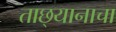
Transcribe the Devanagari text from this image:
ताछ्यानाचा